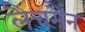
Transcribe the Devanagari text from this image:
लैचमैन